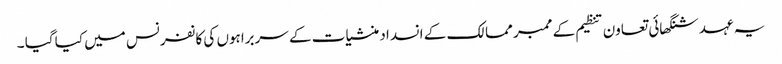
یہ عہد شنگھائی تعاون تنظیم کے ممبر ممالک کے انسداد منشیات کے سربراہوں کی کانفرنس میں کیا گیا ۔